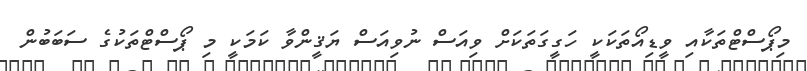
މިޕޯސްޓްތަކާއި ވީޑިއޯތަކަކީ ހަގީގަތަކަށް ވިއަސް ނުވިއަސް ޔަޤީންވާ ކަމަކީ މި ޕޯސްޓްތަކުގެ ސަބަބުން